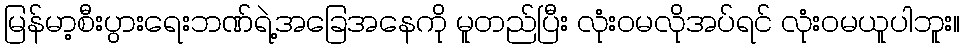
မြန်မာ့စီးပွားရေးဘဏ်ရဲ့အခြေအနေကို မူတည်ပြီး လုံးဝမလိုအပ်ရင် လုံးဝမယူပါဘူး။